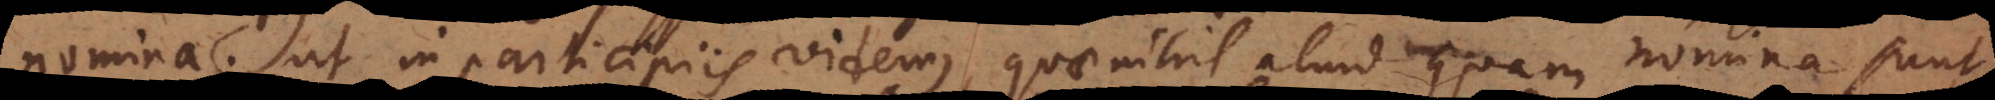
nomina, ut in participiis videmus, quae nihil aliud quam nomina sunt